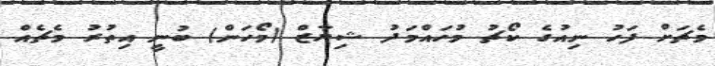
މެޗަށް ފަހު ނިއުގެ ކޯޗު މުހައްމަދު ޝިޔާޒް (މޯހަން) ބުނީ އިތުރު މެޗެއް